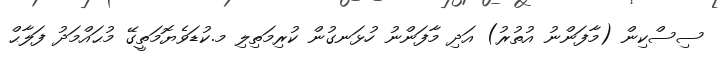
ސިސްކިން (މާފަންނު އުތުރު) އަދި މާފަންނު ހުޅަނގުން ކުރިމަތިލި މ.ކުޑަވެޔޮމަތީގޭ މުޙައްމަދު ފަލާޙް